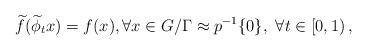
LaTeX: \begin{align*}\widetilde f({\widetilde \phi}_t x ) = f(x), \forall x \in G/\Gamma\approx p^{-1}\{0\},~\forall t\in [0,1)\,,\end{align*}